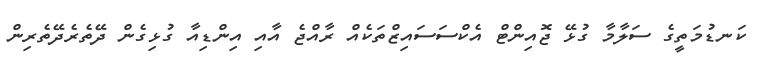
ކަނޑުމަތީގެ ސަލާމާ ގުޅޭ ޖޮއިންޓް އެކްސަސައިޒްތަކެއް ރާއްޖެ އާއި އިންޑިއާ ގުޅިގެން ދޭތެރެދޭތެރިން